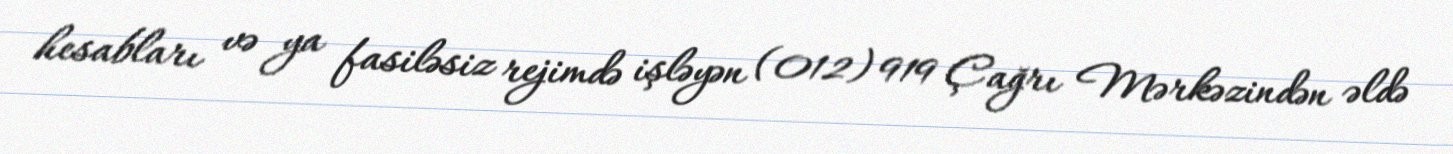
hesabları və ya fasiləsiz rejimdə işləyən (012) 919 Çağrı Mərkəzindən əldə